Report of the Indian Hemp Drugs Commission, 1894-1895 - Volume I
Year: 1894
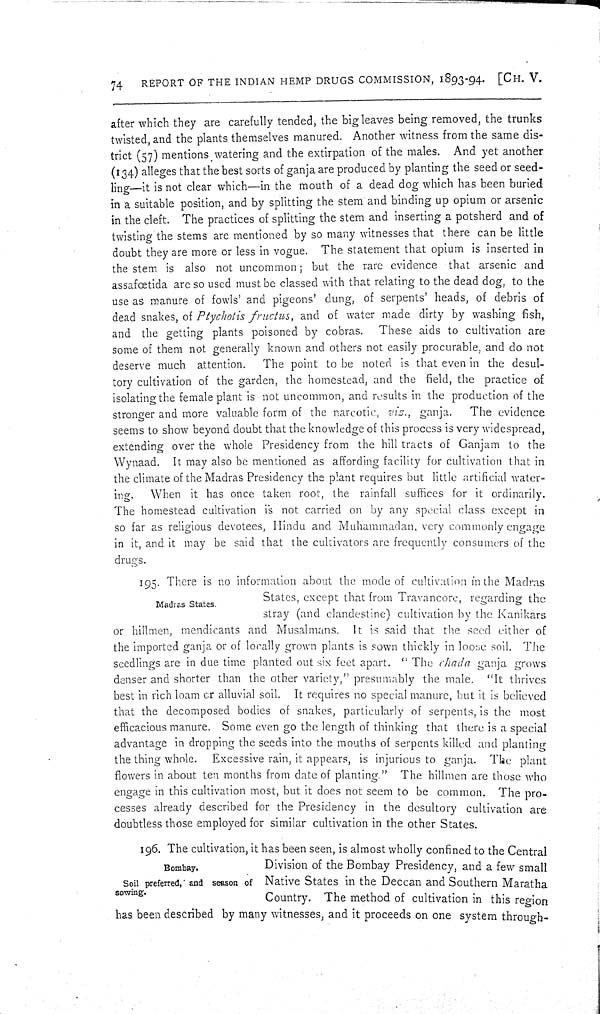
74
REPORT OF THE INDIAN HEMP DRUGS COMMISSION, 1893-94. [CH. V.
after which they are carefully tended, the big leaves being removed, the trunks
twisted, and the plants themselves manured. Another witness from the same dis-
trict (57) mentions watering and the extirpation of the males. And yet another
(134) alleges that the best sorts of ganja are produced by planting the seed or seed-
ling—it is not clear which—in the mouth of a dead dog which has been buried
in a suitable position, and by splitting the stem and binding up opium or arsenic
in the cleft. The practices of splitting the stem and inserting a potsherd and of
twisting the stems are mentioned by so many witnesses that there can be little
doubt they are more or less in vogue. The statement that opium is inserted in
the stem is also not uncommon; but the rare evidence that arsenic and
assafœtida are so used must be classed with that relating to the dead dog, to the
use as manure of fowls' and pigeons' dung, of serpents' heads, of debris of
dead snakes, of Ptychotis fructus, and of water made dirty by washing fish,
and the getting plants poisoned by cobras. These aids to cultivation are
some of them not generally known and others not easily procurable, and do not
deserve much attention.
The point to be noted is that even in the desul-
tory cultivation of the garden, the homestead, and the field, the practice of
isolating the female plant is not uncommon, and results in the production of the
stronger and more valuable form of the narcotic, viz., ganja.
The evidence
seems to show beyond doubt that the knowledge of this process is very widespread,
extending over the whole Presidency from the hill tracts of Ganjam to the
Wynaad. It may also be mentioned as affording facility for cultivation that in
the climate of the Madras Presidency the plant requires but little artificial water-
ing.
When it has once taken root, the rainfall suffices for it ordinarily.
The homestead cultivation is not carried on by any special class except in
so far as religious devotees, Hindu and Muhammadan, very commonly engage
in it, and it may be said that the cultivators are frequently consumers of the
drugs.
Madras States.
195. There is no information about the mode of cultivation in the Madras
States, except that from Travancore, regarding the
stray (and clandestine) cultivation by the Kanikars
or hillmen, mendicants and Musalmans. It is said that the seed either of
the imported ganja or of locally grown plants is sown thickly in loose soil. The
seedlings are in clue time planted out six feet apart. "The chad a ganja grows
denser and shorter than the other variety," presumably the male. "It thrives
best in rich loam or alluvial soil. It requires no special manure, but it is believed
that the decomposed bodies of snakes, particularly of serpents, is the most
efficacious manure. Some even go the length of thinking that there is a special
advantage in dropping the seeds into the mouths of serpents killed and planting
the thing whole. Excessive rain, it appears, is injurious to ganja. The plant
flowers in about ten months from date of planting." The hillmen are those who
engage in this cultivation most, but it does not seem to be common. The pro-
cesses already described for the Presidency in the desultory cultivation are
doubtless those employed for similar cultivation in the other States.
Bombay.
Soil preferred, and season of
sowing.
196. The cultivation, it has been seen, is almost wholly confined to the Central
Division of the Bombay Presidency, and a few small
Native States in the Deccan and Southern Maratha
Country. The method of cultivation in this region
has been described by many witnesses, and it proceeds on one system through-